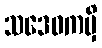
သဒေဝကမှိ